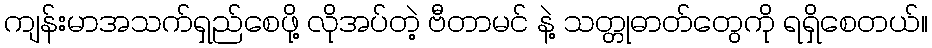
ကျန်းမာအသက်ရှည်စေဖို့ လိုအပ်တဲ့ ဗီတာမင် နဲ့ သတ္တုဓာတ်တွေကို ရရှိစေတယ်။